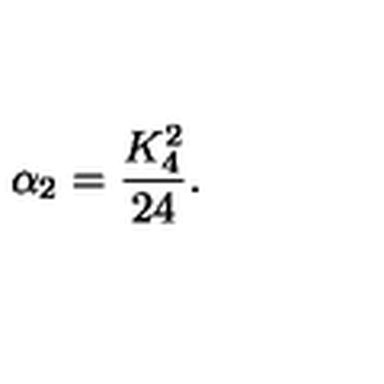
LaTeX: \alpha _ { 2 } = \frac { K _ { 4 } ^ { 2 } } { 2 4 } .